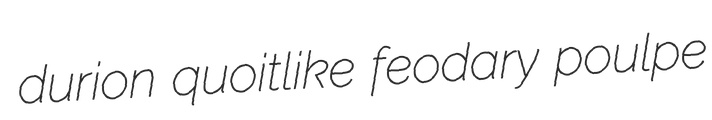
durion quoitlike feodary poulpe